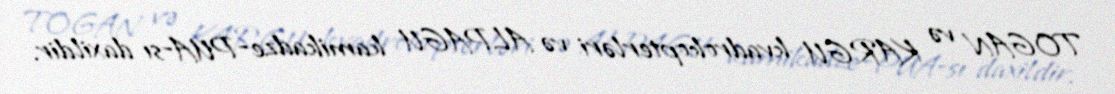
TOGAN və KARGU kvadrokopterləri və ALPAGU kamikadze-PUA-sı daxildir.